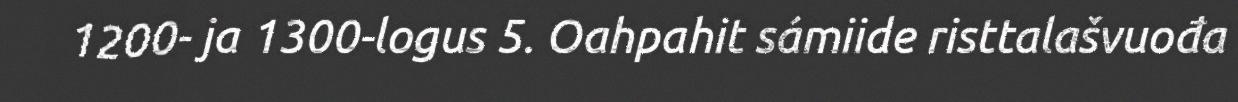
1200- ja 1300-logus 5. Oahpahit sámiide risttalašvuođa